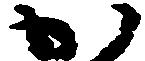
か